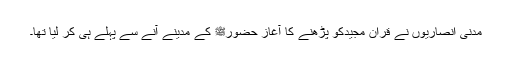
مدنی انصاریوں نے قران مجیدکو پڑھنے کا آغاز حضورﷺ کے مدینے آنے سے پہلے ہی کر لیا تھا۔